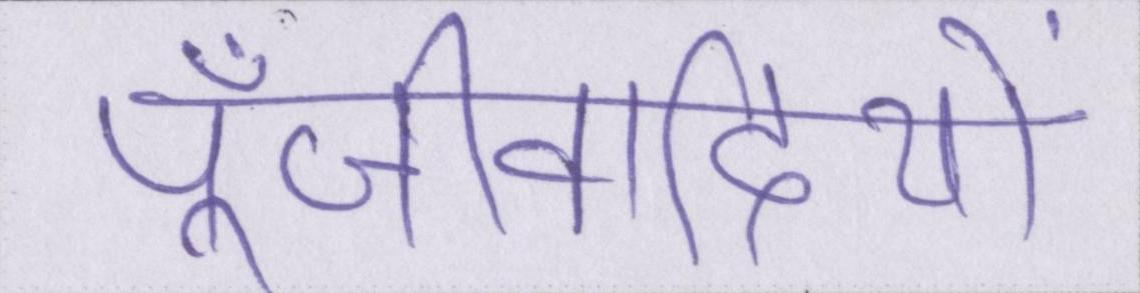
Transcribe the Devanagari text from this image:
पूँजीवादियों